Annual administration report of the Civil Veterinary Department of India - 1896-1897
Year: 1896
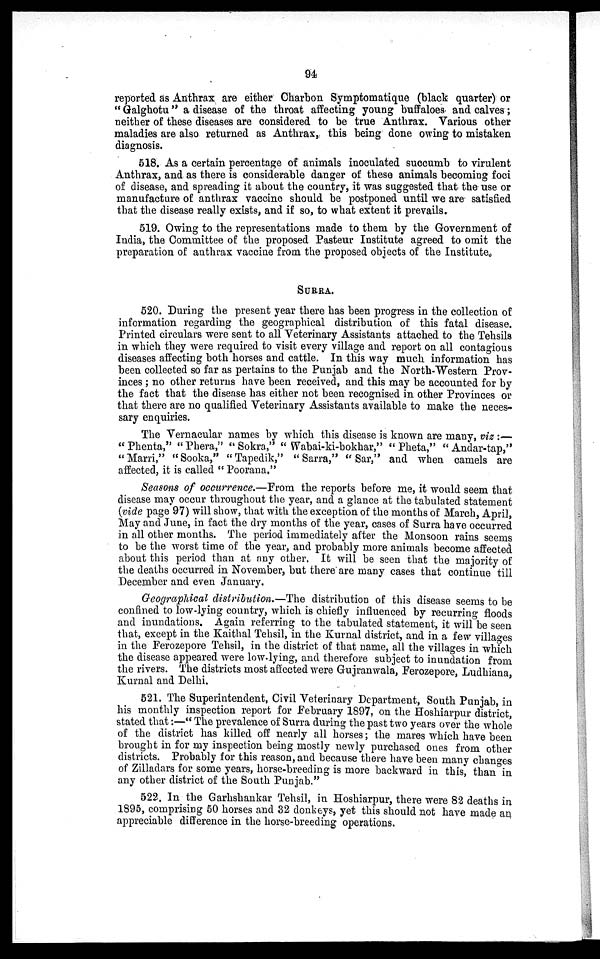
94
reported as Anthrax are either Charbon Symptomatique (black quarter) or
"Galghotu" a disease of the throat affecting young buffaloes and calves;
neither of these diseases are considered to be true Anthrax. Various other
maladies are also returned as Anthrax, this being done owing to mistaken
diagnosis.
518. As a certain percentage of animals inoculated succumb to virulent
Anthrax, and as there is considerable danger of these animals becoming foci
of disease, and spreading it about the country, it was suggested that the use or
manufacture of anthrax vaccine should be postponed until we are satisfied
that the disease really exists, and if so, to what extent it prevails.
519. Owing to the representations made to them by the Government of
India, the Committee of the proposed Pasteur Institute agreed to omit the
preparation of anthrax vaccine from the proposed objects of the Institute.
SURRA.
520. During the present year there has been progress in the collection of
information regarding the geographical distribution of this fatal disease.
Printed circulars were sent to all Veterinary Assistants attached to the Tehsils
in which they were required to visit every village and report on all contagious
diseases affecting both horses and cattle. In this way much information has
been collected so far as pertains to the Punjab and the North-Western Prov-
inces; no other returns have been received, and this may be accounted for by
the fact that the disease has either not been recognised in other Provinces or
that there are no qualified Veterinary Assistants available to make the neces-
sary enquiries.
The Vernacular names by which this disease is known are many, viz:—
"Phenta," "Phera," "Sokra," "Wabai-ki-bokhar," "Pheta," "Andar-tap,"
"Marri," "Sooka," "Tapedik," "Sarra," "Sar," and when camels are
affected, it is called "Poorana."
Seasons of occurrence.—From the reports before me, it would seem that
disease may occur throughout the year, and a glance at the tabulated statement
(vide page 97) will show, that with the exception of the months of March, April,
May and June, in fact the dry months of the year, cases of Surra have occurred
in all other months. The period immediately after the Monsoon rains seems
to be the worst time of the year, and probably more animals become affected
about this period than at any other. It will be seen that the majority of
the deaths occurred in November, but there are many cases that continue till
December and even January.
Geographical distribution.—The distribution of this disease seems to be
confined to low-lying country, which is chiefly influenced by recurring floods
and inundations. Again referring to the tabulated statement, it will be seen
that, except in the Kaithal Tehsil, in the Kurnal district, and in a few villages
in the Ferozepore Tehsil, in the district of that name, all the villages in which
the disease appeared were low-lying, and therefore subject to inundation from
the rivers. The districts most affected were Gujranwala, Ferozepore, Ludhiana,
Kurnal and Delhi.
521. The Superintendent, Civil Veterinary Department, South Punjab, in
his monthly inspection report for February 1897, on the Hoshiarpur district,
stated that:—"The prevalence of Surra during the past two years over the whole
of the district has killed off nearly all horses; the mares which have been
brought in for my inspection being mostly newly purchased ones from other
districts. Probably for this reason, and because there have been many changes
of Zilladars for some years, horse-breeding is more backward in this, than in
any other district of the South Punjab."
522. In the Garhshankar Tehsil, in Hoshiarpur, there were 82 deaths in
1895, comprising 50 horses and 32 donkeys, yet this should not have made an
appreciable difference in the horse-breeding operations.